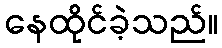
နေထိုင်ခဲ့သည်။